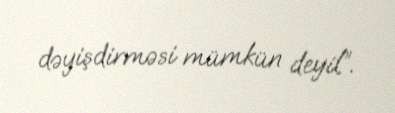
dəyişdirməsi mümkün deyil”.